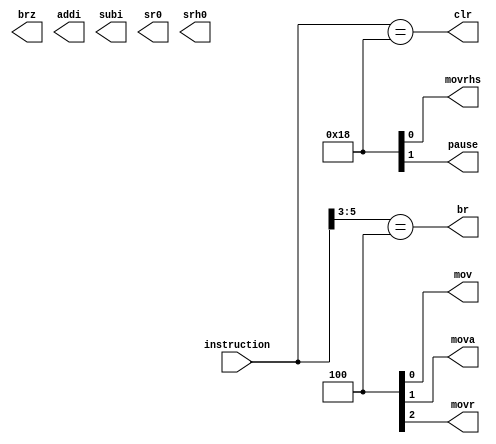
module decoder (input [7:2] instruction,
				output br, brz, addi, subi, sr0, srh0, clr, mov, mova, movr, movrhs, pause
);

assign br = (instruction[7:5] == 3'b100);
assign clr = (instruction[7:2] == 6'b011000);
//assign brz = (...);
//assign addi = (...);
//assign subi = (...);
//assign sr0 = (...);
//assign srh0 = (...);
//assign mov = (...);
//assign mova = (...);
//assign movr = (...);
//assign movrhs = (...);
//assign pause = (...);

endmodule